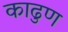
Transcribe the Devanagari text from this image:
काढुण